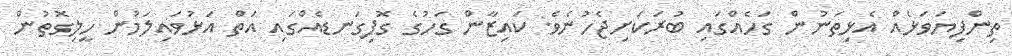
ތިންފިޔަވަޅެއް އެޅިތަނުން ގަހެއްގައި ބުރަކަށިޖެހުނެވެ. ކައިޒާން ގަހުގެ ގޮފިގަނޑެއްގައި އަތް އަޅުވައިލަމުން ހީލިގޮތުން